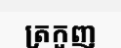
ត្រកួញ